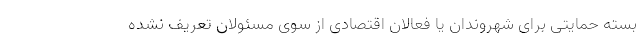
بسته حمایتی برای شهروندان یا فعالان اقتصادی از سوی مسئولان تعریف نشده